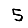
Digit: 5